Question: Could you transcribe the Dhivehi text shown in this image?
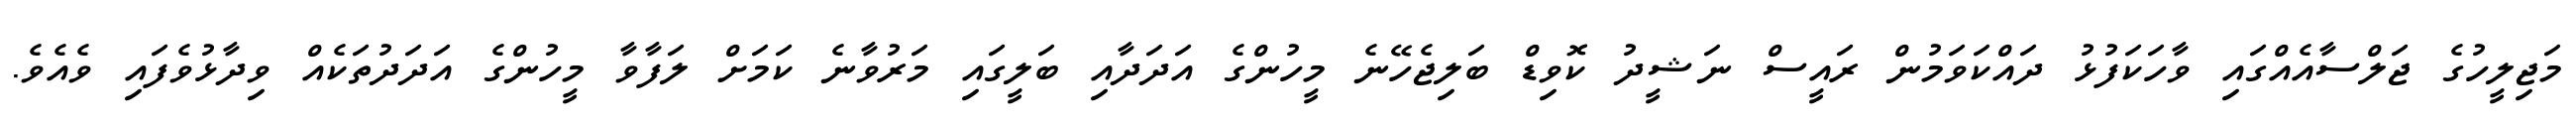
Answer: މަޖިލީހުގެ ޖަލްސާއެއްގައި ވާހަކަފުޅު ދައްކަވަމުން ރައީސް ނަޝީދު ކޮވިޑް ބަލިޖެހޭނެ މީހުންގެ އަދަދާއި ބަލީގައި މަރުވާނެ ކަމަށް ލަފާވާ މީހުންގެ އަދަދުތަކެއް ވިދާޅުވެފައި ވެއެވެ.